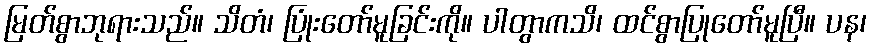
မြတ်စွာဘုရားသည်။ သိတံ၊ ပြုံးတော်မူခြင်းကို။ ပါတွာကသိ၊ ထင်စွာပြုတော်မူပြီ။ ပန၊